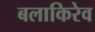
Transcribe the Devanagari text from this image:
बलाकिरेव